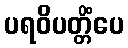
ပရဝိပတ္တိံပေ